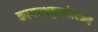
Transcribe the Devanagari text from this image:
कायस्थकुलोत्पन्न